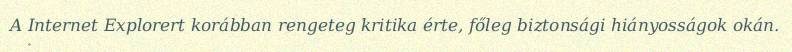
A Internet Explorert korábban rengeteg kritika érte, főleg biztonsági hiányosságok okán.